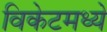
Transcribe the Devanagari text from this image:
विकेटमध्ये